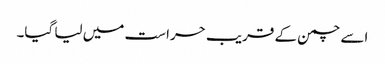
اسے چمن کے قریب حراست میں لیا گیا۔